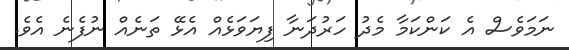
ނަމަވެސް އެ ކަންކަމާ މެދު ހަރުދަނާ ފިޔަވަޅެއް އެޅޭ ތަނެއް ނުފެނެ އެވެ.